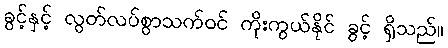
ခွင့်နှင့် လွတ်လပ်စွာသက်ဝင် ကိုးကွယ်နိုင် ခွင့် ရှိသည်။